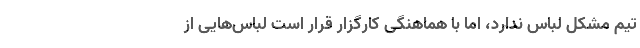
تیم مشکل لباس ندارد، اما با هماهنگی کارگزار قرار است لباس‌هایی از